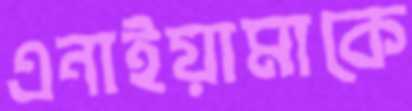
এনাইয়ামাকে